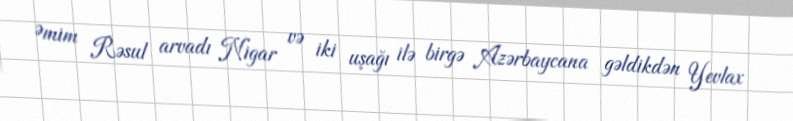
Əmim Rəsul arvadı Nigar və iki uşağı ilə birgə Azərbaycana gəldikdən Yevlax